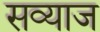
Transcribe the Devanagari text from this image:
सव्याज